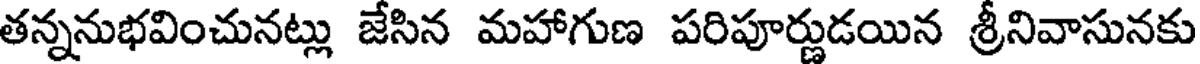
తన్ననుభవించునట్లు జేసిన మహాగుణ పరిపూర్ణుడయిన శ్రీనివాసునకు